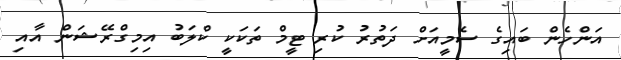
އަންހެން ބައިގެ ސެމީއަށް ދަތުރު ކުރި ޓީމް ތަކަކީ ކްލަބު އިމިގްރޭޝަން އާއި